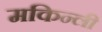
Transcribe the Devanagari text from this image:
मकिन्ली